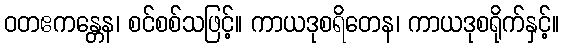
ဝတဧကန္တေန၊ စင်စစ်သဖြင့်။ ကာယဒုစရိတေန၊ ကာယဒုစရိုက်နှင့်။